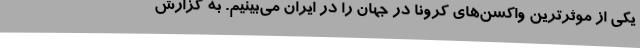
یکی از موثرترین واکسن‌های کرونا در جهان را در ایران می‌بینیم. به گزارش